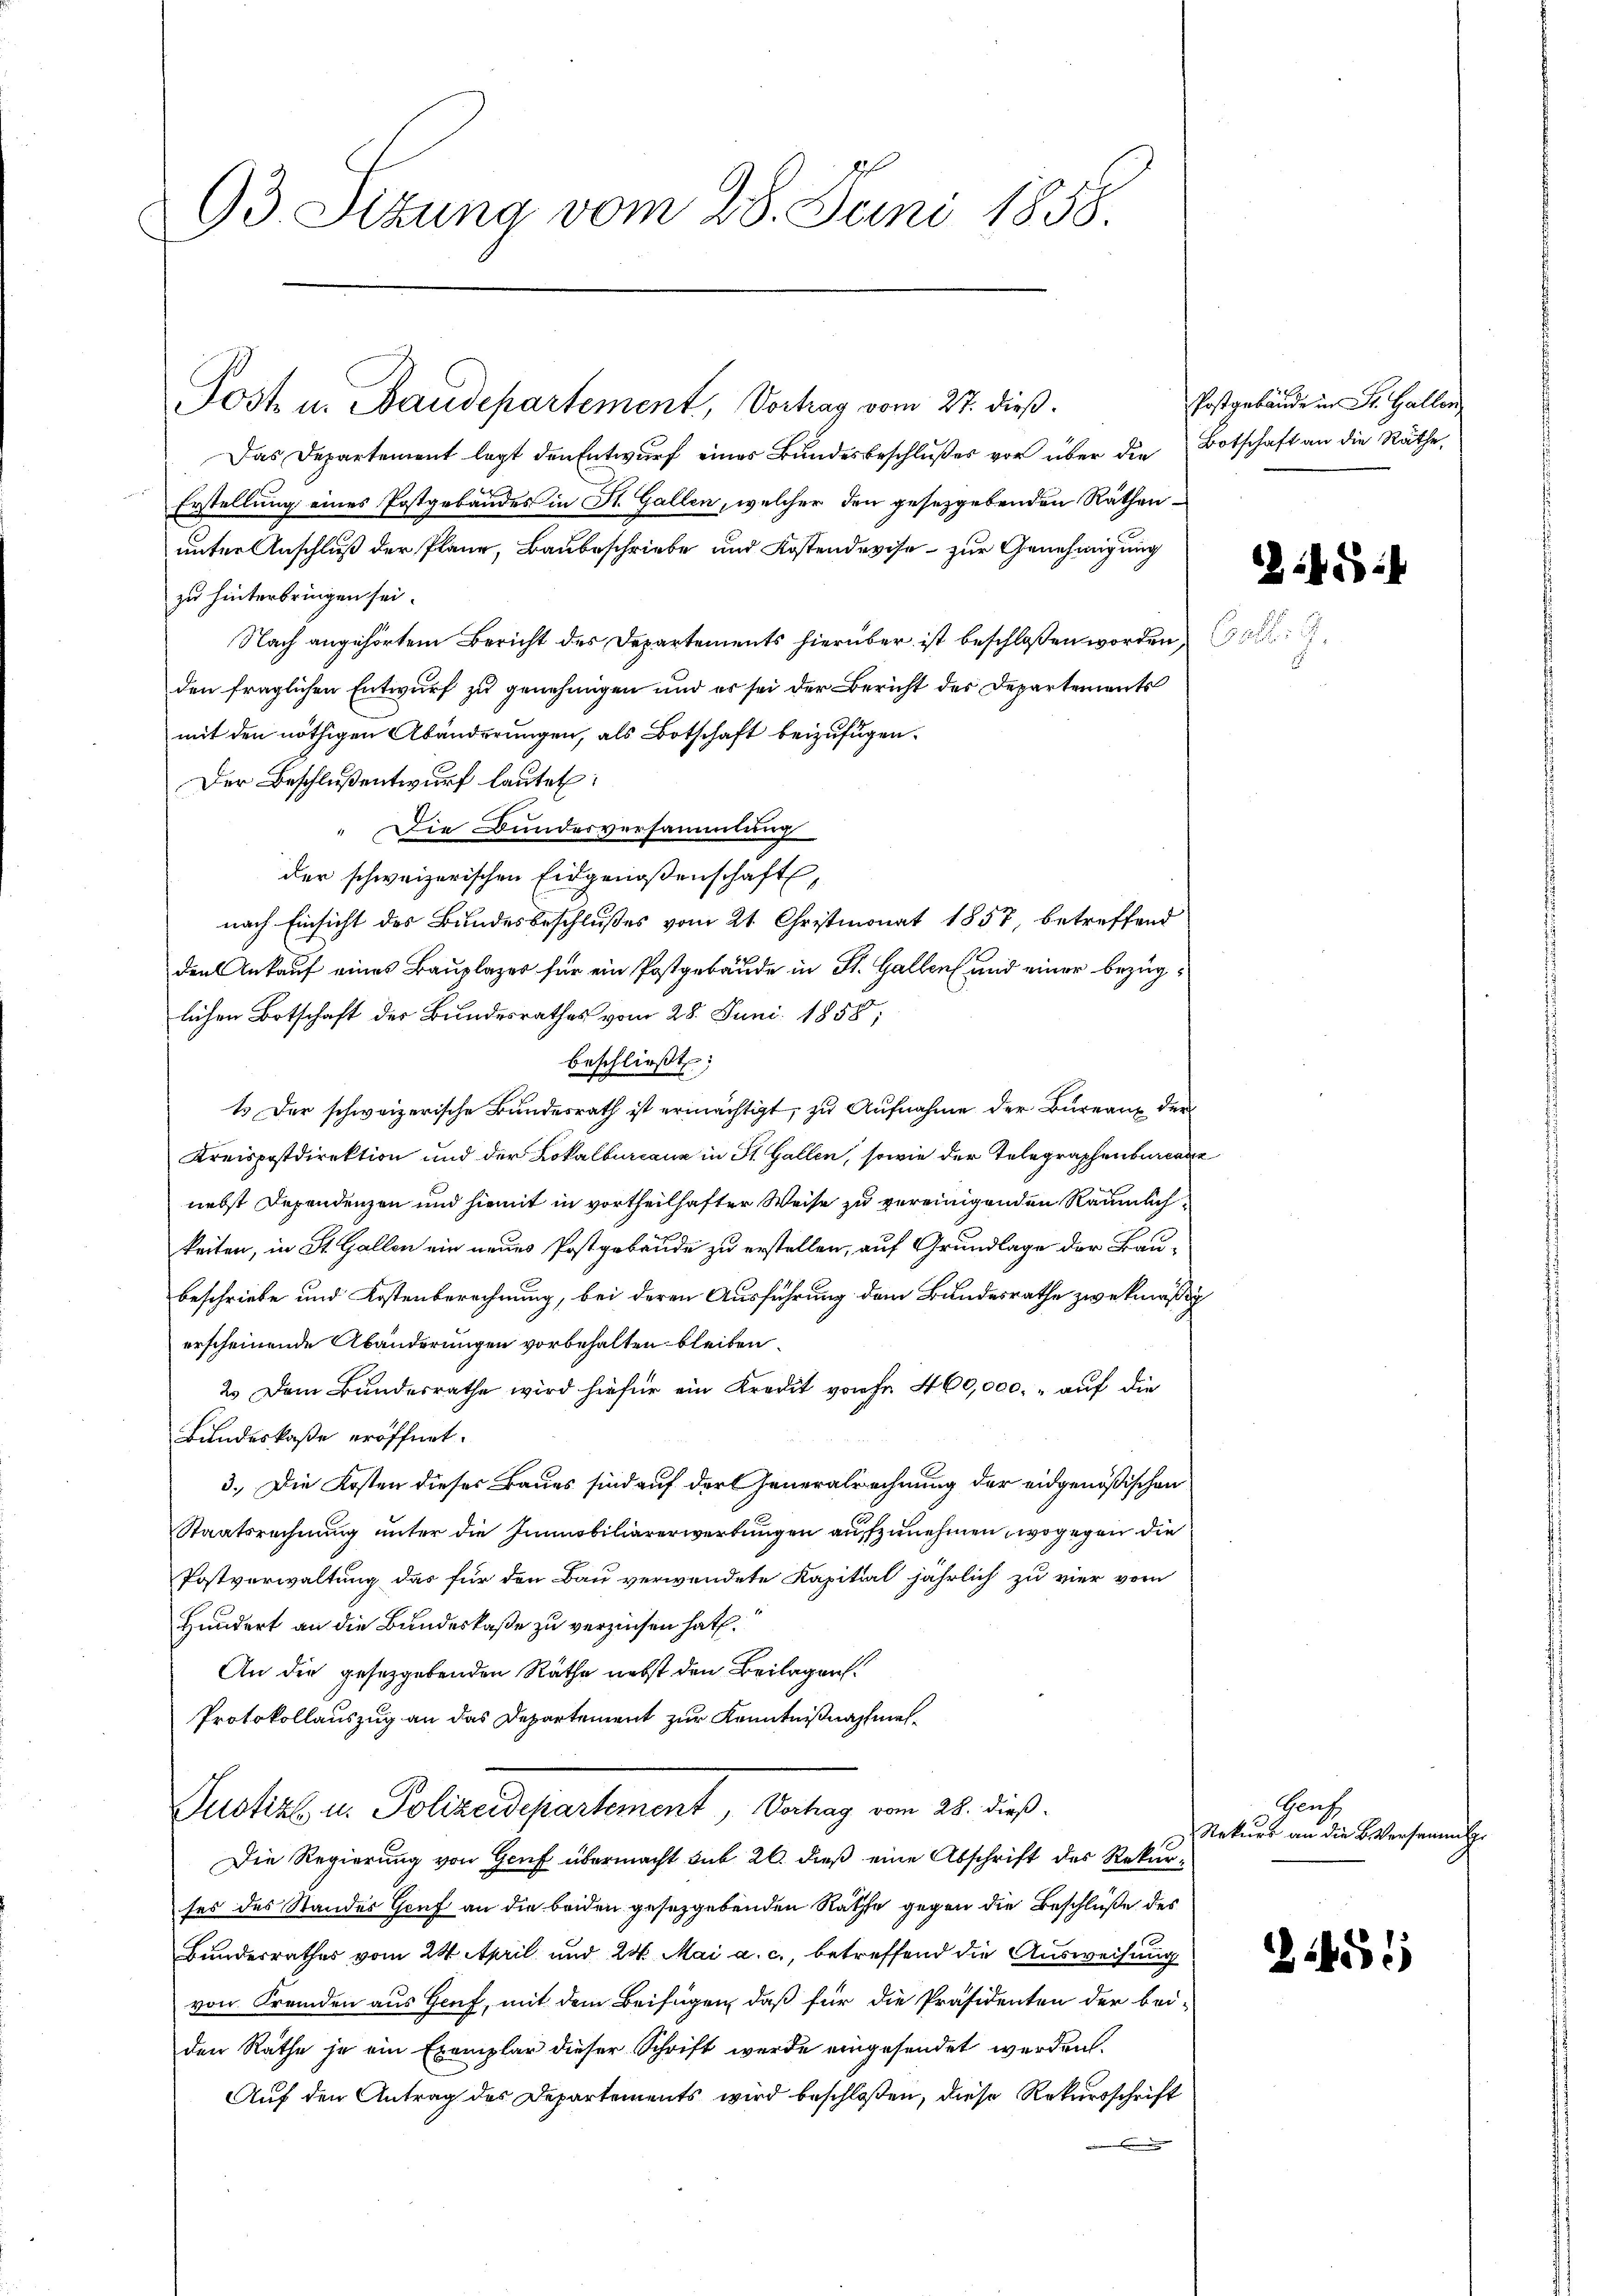
93 Sizung vom 28. Juni 1858.

Post in Baudepartement, Vorhag vom 27. dieß.
Das Departement legt den Entwurf eines Bundesbeschlußes vor über die Botschaft an die Räthe
Erstellung eines Postgebäudes in St. Gallen, welcher den gesetzgebenden Räthenunter Anschluß der Plane, Baubeschriebe und Kostendeviso zur Genehmigung
zu hinterbringen sei.
Nach angehörtem Bericht des Departements hierüber ist beschloßen worden,
den fraglichen Entwurf zu genehmigen und es sei der Bericht des Departements
mit den nöthigen Abänderungen, als Botschaft beizufügen.
Der Beschlußentwurf lautet:
" Die Bundesversammlung
der schweizerischen Eidgenoßenschaft,
nach Einsicht des Bundesbeschlußes vom 21. Christmonat 1857, betreffend
den Ankauf eines Bauplazer für ein Postgebäude in St. Gallen und einer bezüglichen Botschaft des Bundesrathes vom 28. Juni 1858;
beschlieβt:
1. Der schweizerische Bundesrath ist ermächtigt, zu Aufnahme der Bureaux der
Kreispostdirektion und der Lokalbureaux in St. Gallen, sowie der Telegraphenburcare
nebst Dependenzen und hiemit in vortheilhafter Weise zu vereinigenden Räumlichkeiten, in St. Gallen ein neues Postgebäude zu erstellen, auf Grundlage der Baubeschriebe und Kostenberechnung, bei deren Ausführung dem Bundesrathe zwekmäßig
erscheinende Abänderungen vorbehalten bleiben.
2.) Dem Bundesrathe wird hiefür ein Kredit von fr. 460,000. auf die
Bundeskaße eröffnet.
3.) Die Kosten dieses Baues sind auf der Generalrechnung der eidgenößischen
Staatsrechnung unter die Immobiliarerwertungen aufzunehmen, wogegen die
Postverwaltung das für den Bau verwendete Kapital jährlich zu vier vor
Hundert an die Bundeskaße zu verzinsen hat.
An die gesetzgebenden Räthe nebst den Beilagen.
Protokollauszug an das Departement zur Kenntnißnahmeh¬
Suchel in Polizeidepartement, Betrag vom 28. dieß.
Die Regierung von Genf übermacht sub 20. dieß eine Abschrift des Rekurses des Standes Genf an die beiden gesetzgebenden Rathe gegen die Beschlüße des
Bundesrathes vom 24. April und 24. Mai a. c., betreffend die Ausweisung
von Fremden aus Gruf, mit dem Beifügen, daß für die Präsidenten der bei-
den Rathe je ein Exemplar dieser Schrift werde eingesendet werden.
Auf den Antrag des Departements wird beschloßen, diese Rekursschrift

Postgebäude in St. Gallen

.

u

¬

Ganz
Rekurs an die B. Versamm

1455